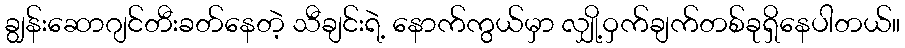
ချွန်းဆောဂျင်တီးခတ်နေတဲ့ သီချင်းရဲ့ နောက်ကွယ်မှာ လျှို့ဝှက်ချက်တစ်ခုရှိနေပါတယ်။